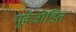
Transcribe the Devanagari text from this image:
पूर्वजोडित